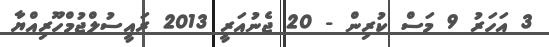
3 އަހަރު 9 މަސް ކުރިން - 20 ޖެނުއަރީ 2013 ރައީސުލްޖުމްހޫރިއްޔާ